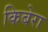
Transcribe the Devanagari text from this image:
किबेरा